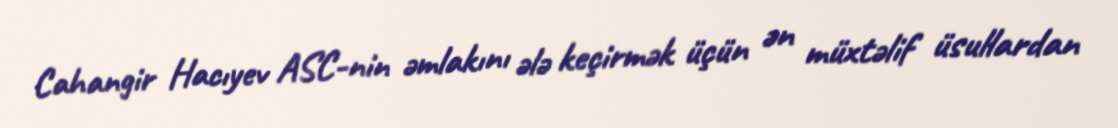
Cahangir Hacıyev ASC-nin əmlakını ələ keçirmək üçün ən müxtəlif üsullardan